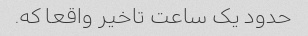
حدود یک ساعت تاخیر واقعا که.